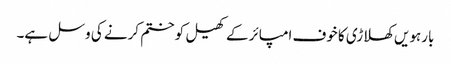
بارہویں کھلاڑی کا خوف امپائر کے کھیل کو ختم کرنے کی وسل ہے۔